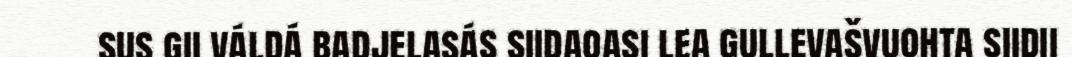
sus gii váldá badjelasás siidaoasi lea gullevašvuohta siidii